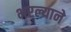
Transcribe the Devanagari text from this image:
भरल्याने